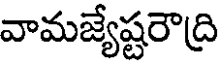
వామజ్యేష్టరౌద్రి